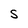
Character: S